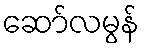
ဆော်လမွန်